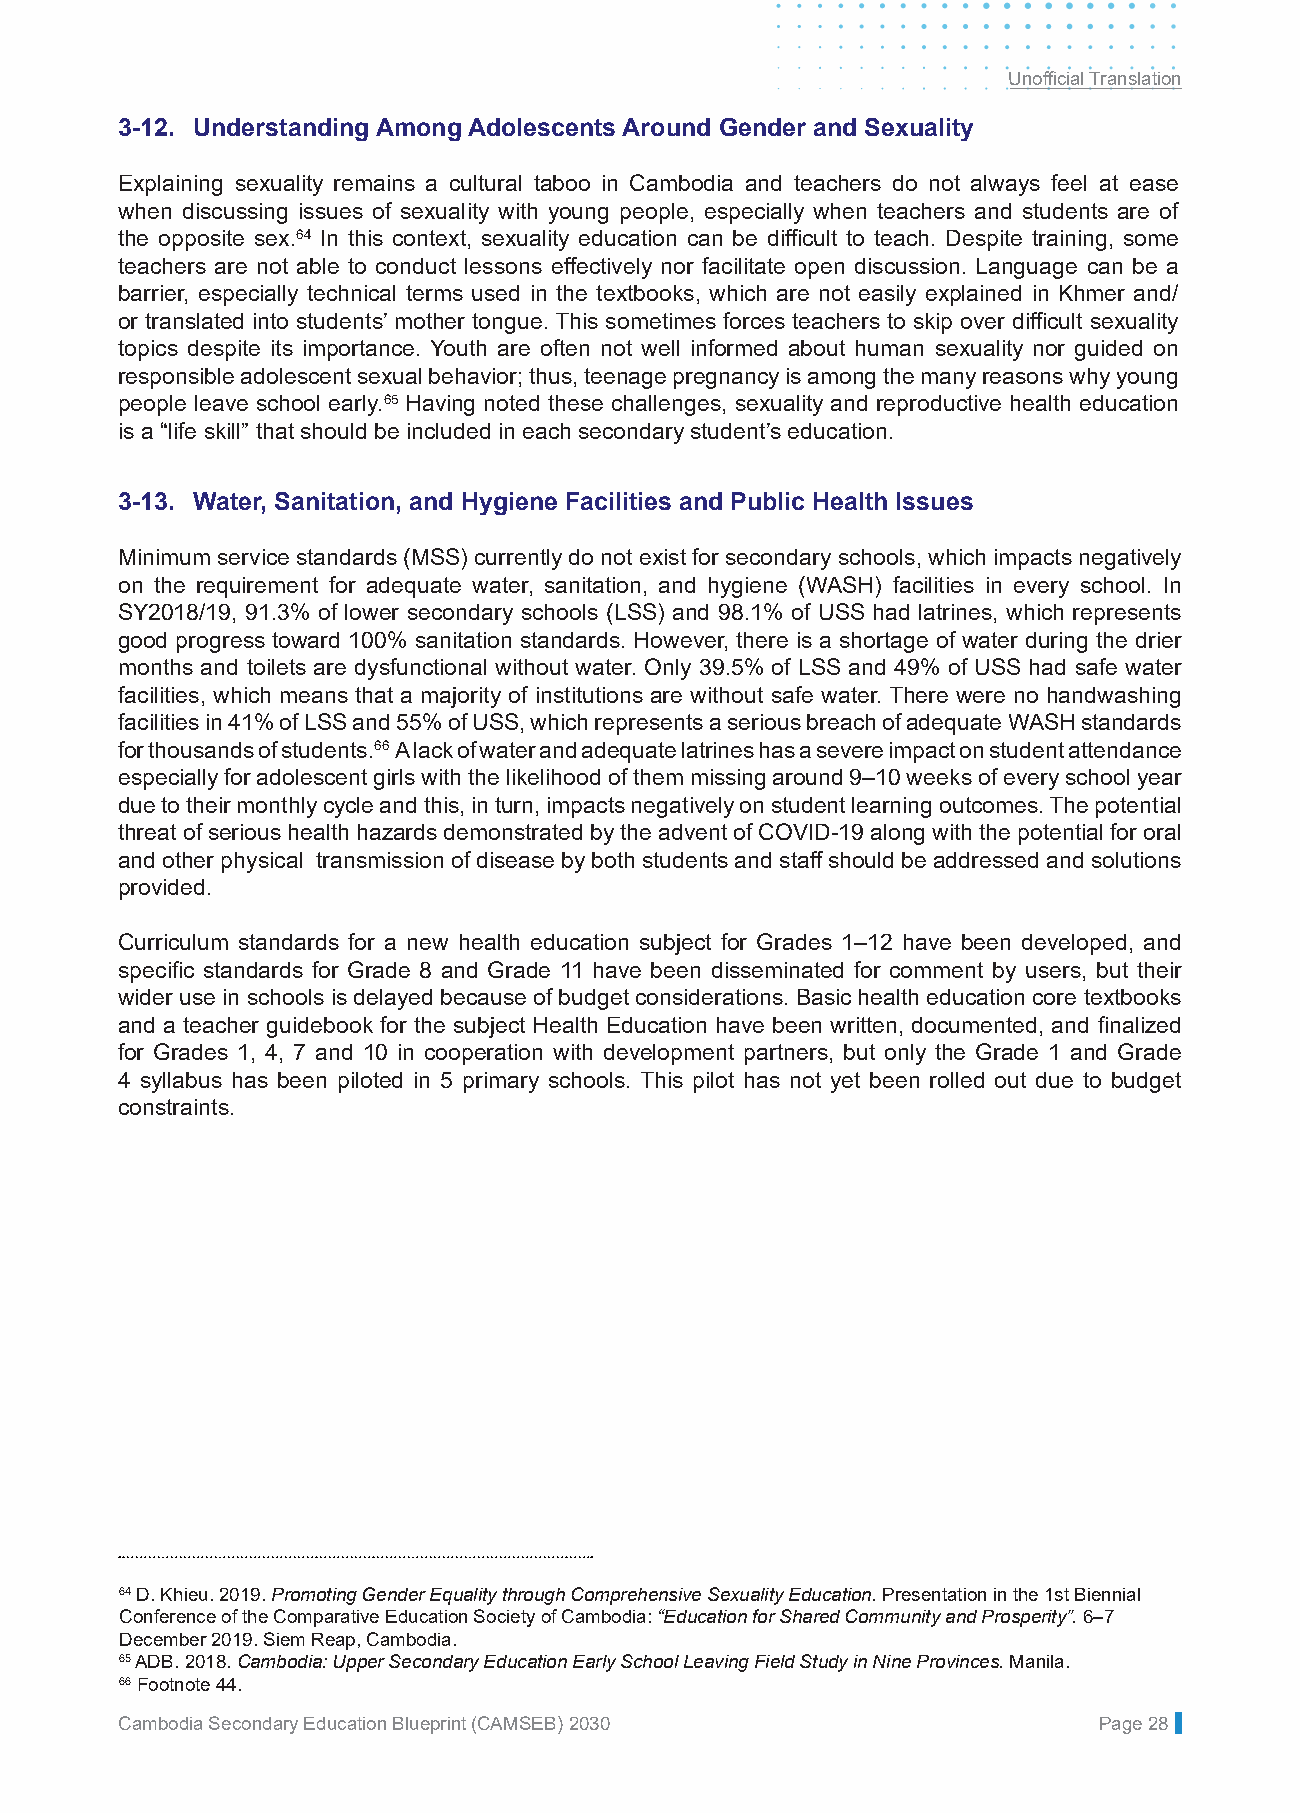
Unofficial Translation
 3-12. Understanding Among Adolescents Around Gender and Sexuality
 Explaining sexuality remains a cultural taboo in Cambodia and teachers do not always feel at ease
 when discussing issues of sexuality with young people, especially when teachers and students are of
 the opposite sex.64 In this context, sexuality education can be difficult to teach. Despite training, some
 teachers are not able to conduct lessons effectively nor facilitate open discussion. Language can be a
 barrier, especially technical terms used in the textbooks, which are not easily explained in Khmer and/
 or translated into students’ mother tongue. This sometimes forces teachers to skip over difficult sexuality
 topics despite its importance. Youth are often not well informed about human sexuality nor guided on
 responsible adolescent sexual behavior; thus, teenage pregnancy is among the many reasons why young
 people leave school early.65 Having noted these challenges, sexuality and reproductive health education
 is a “life skill” that should be included in each secondary student’s education.
 3-13. Water, Sanitation, and Hygiene Facilities and Public Health Issues
 Minimum service standards (MSS) currently do not exist for secondary schools, which impacts negatively
 on the requirement for adequate water, sanitation, and hygiene (WASH) facilities in every school. In
 SY2018/19, 91.3% of lower secondary schools (LSS) and 98.1% of USS had latrines, which represents
 good progress toward 100% sanitation standards. However, there is a shortage of water during the drier
 months and toilets are dysfunctional without water. Only 39.5% of LSS and 49% of USS had safe water
 facilities, which means that a majority of institutions are without safe water. There were no handwashing
 facilities in 41% of LSS and 55% of USS, which represents a serious breach of adequate WASH standards
 for thousands of students.66 A lack of water and adequate latrines has a severe impact on student attendance
 especially for adolescent girls with the likelihood of them missing around 9–10 weeks of every school year
 due to their monthly cycle and this, in turn, impacts negatively on student learning outcomes. The potential
 threat of serious health hazards demonstrated by the advent of COVID-19 along with the potential for oral
 and other physical transmission of disease by both students and staff should be addressed and solutions
 provided.
 Curriculum standards for a new health education subject for Grades 1–12 have been developed, and
 specific standards for Grade 8 and Grade 11 have been disseminated for comment by users, but their
 wider use in schools is delayed because of budget considerations. Basic health education core textbooks
 and a teacher guidebook for the subject Health Education have been written, documented, and finalized
 for Grades 1, 4, 7 and 10 in cooperation with development partners, but only the Grade 1 and Grade
 4 syllabus has been piloted in 5 primary schools. This pilot has not yet been rolled out due to budget
 constraints.
 64 D. Khieu. 2019. Promoting Gender Equality through Comprehensive Sexuality Education. Presentation in the 1st Biennial
 Conference of the Comparative Education Society of Cambodia: “Education for Shared Community and Prosperity”. 6–7
 December 2019. Siem Reap, Cambodia.
 65 ADB. 2018. Cambodia: Upper Secondary Education Early School Leaving Field Study in Nine Provinces. Manila.
 66 Footnote 44.
 Cambodia Secondary Education Blueprint (CAMSEB) 2030             Page 28